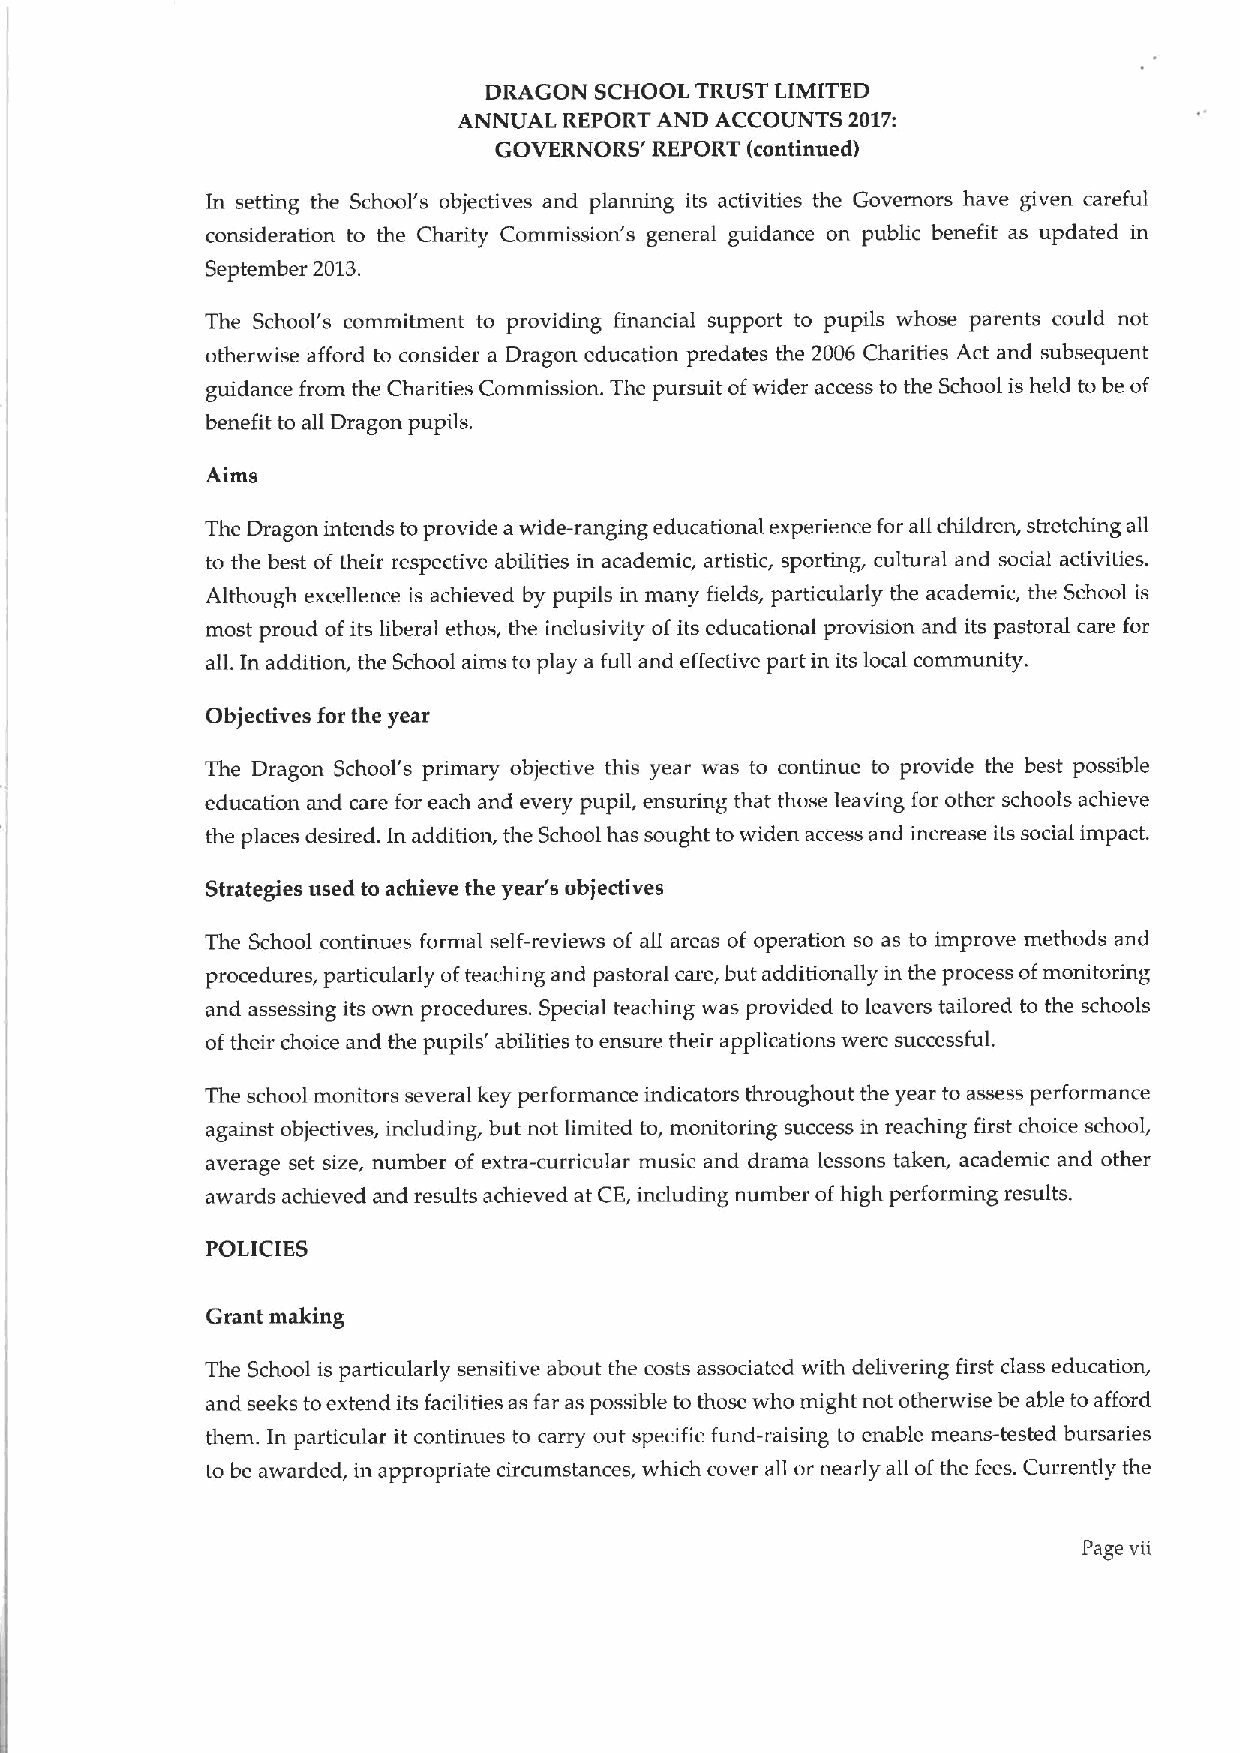
DRAGON SCHOOL TRUST LIMITED
 ANNUAL REPORT AND ACCOUNTS 2017:
 GOVERNORS' REPORT (continued)
 In setting the School's objectives and planning its activities the Governors have given careful
 consideration to the Charity Commission's general guidance on public benefit as updated in
 September 2013.
 The School's commitment to providing financial support to pupils whose parents could not
 otherwise afford to consider a Dragon education predates the 2006 Charities Act and subsequent
 guidance from the Charities Commission. The pursuit ofwider access to the School is held to be of
 benefit to all Dragon pupils.
 Aims
 The Dragon intends toprovide a wide-ranging educational experience for all children, stretching all
 to the best of their respective abilities in academic, artistic, sporting, cultural and social activities.
 Although excellence is achieved by pupils in many fields, particularly the academic, the School is
 most proud of its liberal ethos, the inclusivity of its educational provision and its pastoral care for
 all. In addition, the School aims to play a full and effective part in its local community.
 Objectives for the year
 The Dragon School's primary objective this year was to continue to provide the best possible
 education and care for each and every pupil, ensuring that those leaving for other schools achieve
 the places desired. In addition, the School has sought to widen access and increase its social impact.
 Strategies used to achieve the year's objectives
 The School continues formal self-reviews of all areas of operation so as to improve methods and
 procedures, particularly ofteaching and pastoral care, but additionally in the process ofmonitoring
 and assessing its own procedures. Special teaching was provided to leavers tailored to the schools
 oftheir choice and the pupils' abilities to ensure their applications were successful.
 The school monitors several key performance indicators throughout the year to assess performance
 against objectives, including, but not limited to, monitoring success in reaching first choice school,
 average set size, number of extra-curricular music and drama lessons taken, academic and other
 awards achieved and results achieved at CE,including number ofhigh performing results.
 POLICIES
 Grant making
 The School is particularly sensitive about the costs associated with delivering first class education,
 and seeks toextend its facilities as far as possible to those who might not otherwise be able to afford
 them. In particular it continues to carry out specific fund-raising to enable means-tested bursaries
 to be awarded, in appropriate circumstances, which cover all or nearly all ofthe fees. Currently the
 Page vii